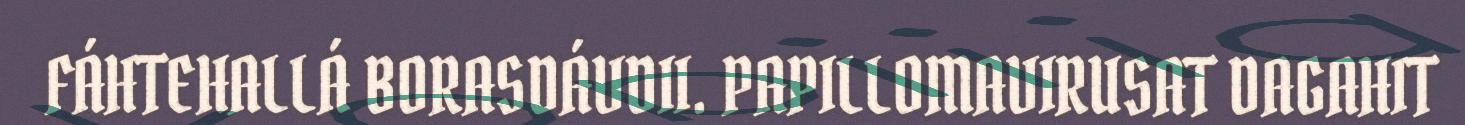
FÁHTEHALLÁ BORASDÁVDII. PAPILLOMAVIRUSAT DAGAHIT